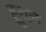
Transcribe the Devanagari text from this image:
हुतन